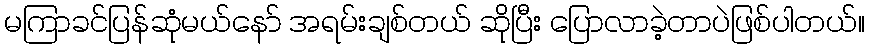
မကြာခင်ပြန်ဆုံမယ်နော် အရမ်းချစ်တယ် ဆိုပြီး ပြောလာခဲ့တာပဲဖြစ်ပါတယ်။